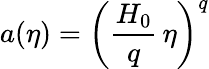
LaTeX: a(\eta)=\left(\frac{H_{0}}{q}\, \eta\right)^{q}